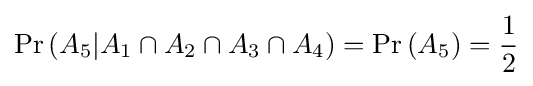
\Pr \left(A_{5}|A_{1}\cap A_{2}\cap A_{3}\cap A_{4}\right)=\Pr \left(A_{5}\right)={\frac {1}{2}}